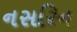
નસરિન